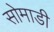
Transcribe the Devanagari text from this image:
सोमाडी